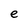
Character: e